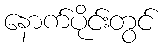
နောက်ပိုင်းတွင်